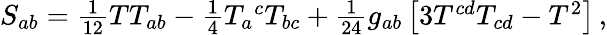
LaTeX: S_{ab}=\textstyle{\frac{1}{12}}TT_{ab}-\textstyle{\frac{1}{4}}T_{a}{}^{c}T_{bc}+\textstyle{\frac{1}{24}}g_{ab}\left[3T^{cd}T_{cd}-T^{2}\right]\, ,